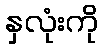
နှလုံးကို